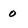
Character: 0